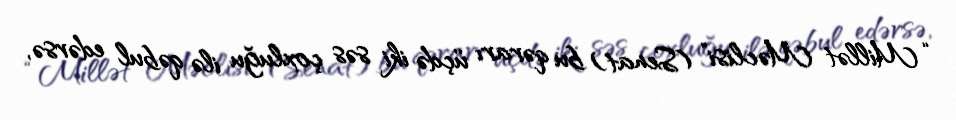
“Millət Məclisi” (Senat) bu qərarı üçdə iki səs çoxluğu ilə qəbul edərsə,